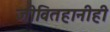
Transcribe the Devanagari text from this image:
जीवितहानीही